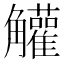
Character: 䚭